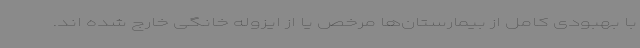
با بهبودی کامل از بیمارستان‌ها مرخص یا از ایزوله خانگی خارج شده اند.